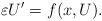
LaTeX: \begin{align*} \varepsilon U'= f(x,U). \end{align*}